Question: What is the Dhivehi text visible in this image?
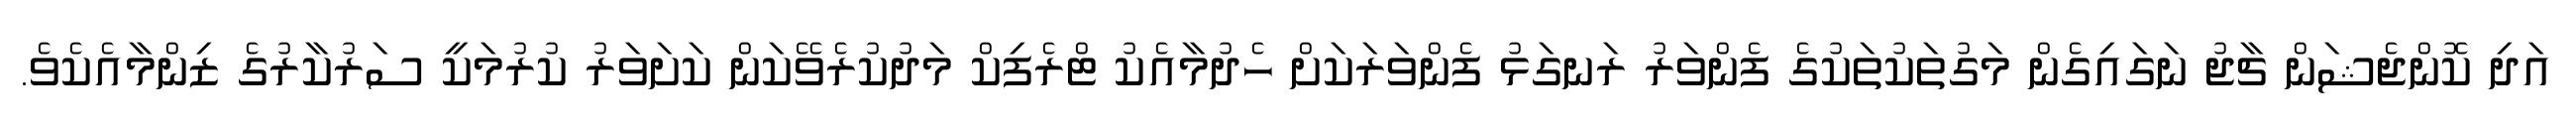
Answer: އަދި ކޮންޖެޝަން ޗާޖު ނަގައިގެން މަގުތަކުތަކުގެ ފެންވަރު ރަނގަޅު ފެންވަރަކަށް ހެދުމާއެކު ޓްރެފިކް މަދުކުރެވޭކަން ކަށަވަރު ކުރުމަކީ ސަރުކާރުގެ ޒިންމާއެކެވެ.